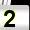
Digit: 2